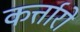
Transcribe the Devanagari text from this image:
कर्त्तारो